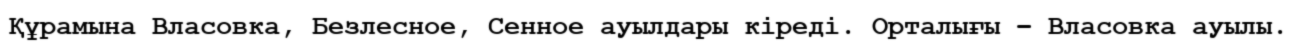
Құрамына Власовка, Безлесное, Сенное ауылдары кіреді. Орталығы – Власовка ауылы.